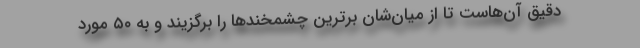
دقیق آن‌هاست تا از میان‌شان برترین چشمخند‌ها را برگزیند و به ۵۰ مورد